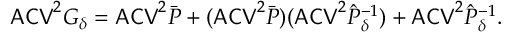
\mathsf { A C V } ^ { 2 } G _ { \delta } = \mathsf { A C V } ^ { 2 } \bar { P } + ( \mathsf { A C V } ^ { 2 } \bar { P } ) ( \mathsf { A C V } ^ { 2 } \hat { P } _ { \delta } ^ { - 1 } ) + \mathsf { A C V } ^ { 2 } \hat { P } _ { \delta } ^ { - 1 } .